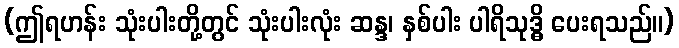
(ဤရဟန်း သုံးပါးတို့တွင် သုံးပါးလုံး ဆန္ဒ၊ နှစ်ပါး ပါရိသုဒ္ဓိ ပေးရသည်။)